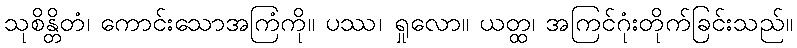
သုစိန္တိတံ၊ ကောင်းသောအကြံကို။ ပဿ၊ ရှုလော။ ယတ္ထ၊ အကြင်ဂုံးတိုက်ခြင်းသည်။